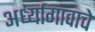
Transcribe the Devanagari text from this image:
अर्ध्यागावाचे